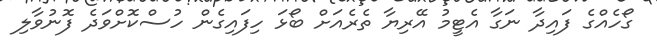
ގޯހެއްގެ ފައިދާ ނަގާ އެޓީމު އޭރިޔާ ތެރެއަށް ބޯޅަ ހިފައިގެން ހުސްކޮށްވަދެ ފޮނުވާލި